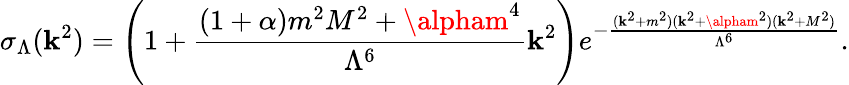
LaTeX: \sigma_{\Lambda}(\mathbf{k}^{2})=\left(1+\frac{{(1+\alpha)m^{2}M^{2}+\alpham^{4}}}{{\Lambda^{6}}}\mathbf{k}^{2}\right)e^{-\frac{{(\mathbf{k}^{2}+m^{2})(\mathbf{k}^{2}+\alpham^{2})(\mathbf{k}^{2}+M^{2})}}{{\Lambda^{6}}}}.